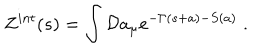
LaTeX: Z ^ { i n t } ( s ) = \int { \cal D } a _ { \mu } e ^ { - \Gamma ( s + a ) - S ( a ) } \; .